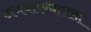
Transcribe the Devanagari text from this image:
अभयारण्यातला